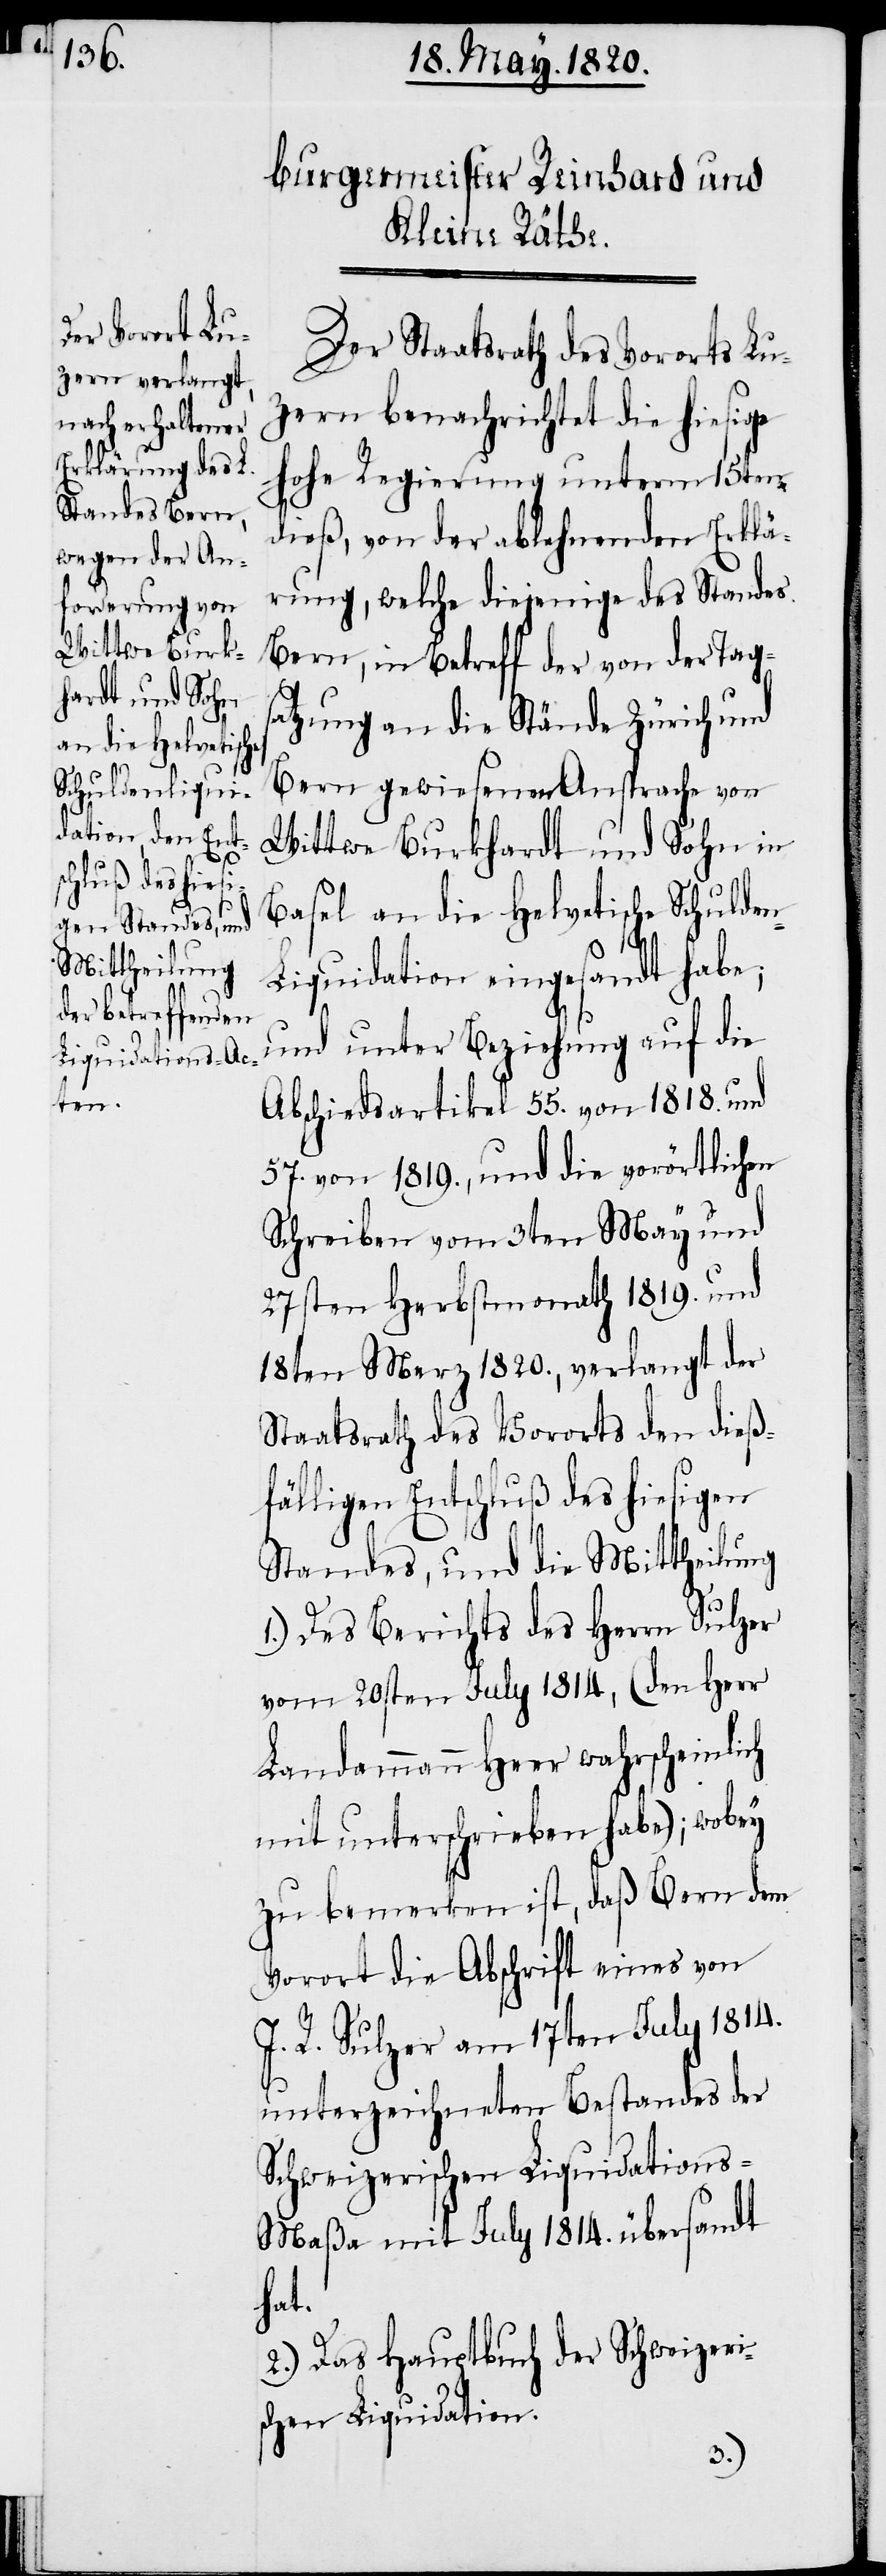
Der Staatsrath des Vororts Lu¬
zern benachrichtet die hiesige
Hohe Regierung unterm 15ten
dieß, von der ablehnenden Erklä¬
rung, welche diejenige des Standes
Bern, in Betreff der von der Tag¬
satzung an die Stände Zürich und
Bern gewiesenen Ansprache von
Wittwe Burkhardt und Sohn in
Basel an die Helvetische Schulde¬
n-Liquidation eingesandt habe;
und unter Beziehung auf die
Abschiedsartikel 55. von 1818. und
57. von 1819., und die vorörtlichen
Schreiben vom 3ten May und
27sten Herbstmonath 1819. und
18ten Merz 1820., verlangt der
Staatsrath des Vororts den dieß¬
fälligen Entschluß des hiesigen
Standes, und die Mittheilung
1.) Des Berichts des Herrn Sulzer
vom 20sten July 1814, (den Herr
Landammann Heer wahrscheinlich
mit unterschrieben habe); wobey
zu bemerken ist, daß Bern dem
Vorort die Abschrift eines von
J. R. Sulzer am 17ten July 1814.
unterzeichneten Bestandes der
Schweizerischen Liquidation¬
s-Maßa mit July 1814. übersandt
hat.
2.) Das Hauptbuch der Schweizeri¬
schen Liquidation.